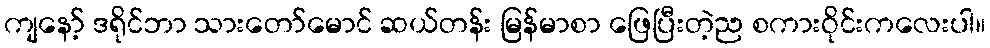
ကျနော့် ဒရိုင်ဘာ သားတော်မောင် ဆယ်တန်း မြန်မာစာ ဖြေပြီးတဲ့ည စကားဝိုင်းကလေးပါ။